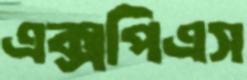
এক্সপিএস